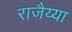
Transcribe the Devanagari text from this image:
राजैय्या